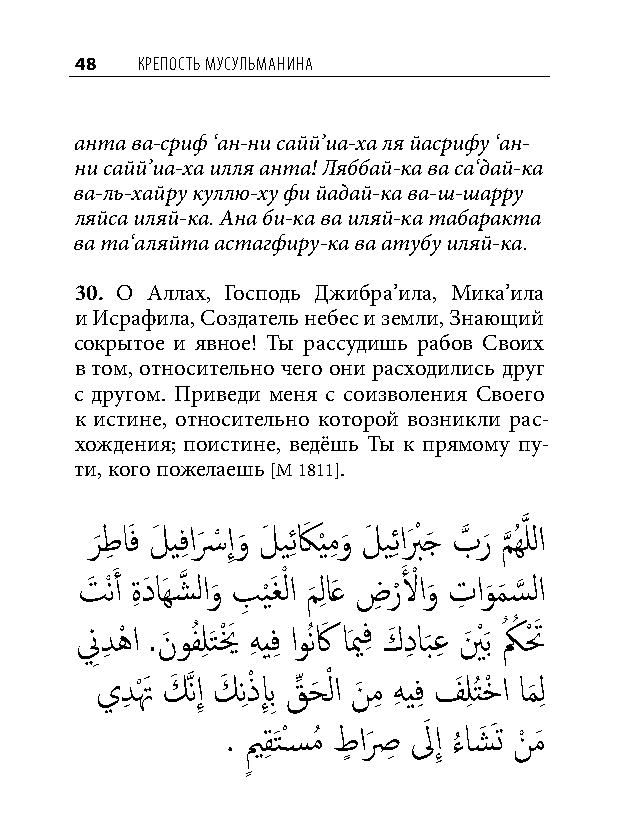
48  КреПость мусульманина
 анта ва-сриф ‘ан-ни сайй’иа-ха ля йасрифу ‘ан-
 ни сайй’иа-ха илля анта! Ляббай-ка ва са‘дай-ка
 ва-ль-хайру куллю-ху фи йадай-ка ва-ш-шарру
 ляйса иляй-ка. Ана би-ка ва иляй-ка табаракта
 ва та‘аляйта астагфиру-ка ва атубу иляй-ка.
 30. О Аллах, Господь Джибра’ила, Мика’ила
 и Исрафила, Создатель небес и земли, Знающий
 сокрытое и явное! Ты рассудишь рабов Своих
 в том, относительно чего они расходились друг
 с другом. Приведи меня с соизволения Своего
 к истине, относительно которой возникли рас-
 хождения; поистине, ведёшь Ты к прямому пу-
 ти, кого пожелаешь [М 1811].
 ر َ طِ اَف لَ يفِ اسَ ْ إِو َ لَ يِ ئكَ ي ْ مِ و َ لَ يِ ئابَ ْ جَ بَّذ ر َ م َّذ ُهَّذ للا
 تَ ْنَ أ ةِ دَ اَهشَّذ لاو
 َ
 بِ ي
 ْ
 َغْ لا م
 َ
 لِ اَع ضِ ر ْلَ ْ او
 َ
 تِ او
 َ
 م
 َ
 س
 َّذ
 لا
 نِ دِ هْ ا .نَ وفُ لِ َتيْ َ هِ يفِ اوُنكَ اَيمفِ كَ دِ اب
 َ
 عِ ينَ ْ َب كُ ُ تْ َ
 يدِ تْ َ كَ َّذنإِ كَ نِ ذْ إِ بِ قِّ حَ ْ لا نَ مِ هِ يفِ فَ لِ تُ خْ ا ام
 َ
 لِ
 . يم
 ٍ
 قِ َتْسسمُ طٍ اصَ ِ لَ إِ ء
 ُ
 اشَ َت نْ مَ